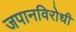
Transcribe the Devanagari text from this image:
जपानविरोधी